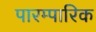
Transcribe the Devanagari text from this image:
पारम्पारिक